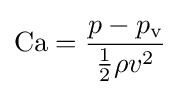
\mathrm {Ca} ={\frac {p-p_{\mathrm {v} }}{{\frac {1}{2}}\rho v^{2}}}